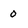
Character: 0